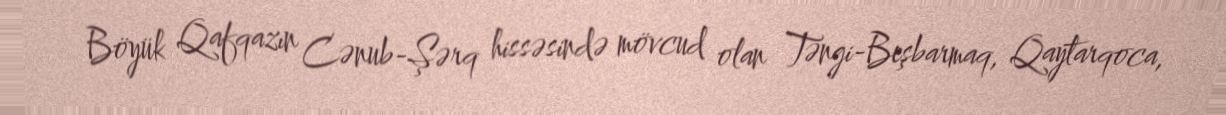
Böyük Qafqazın Cənub-Şərq hissəsində mövcud olan Təngi-Beşbarmaq, Qaytarqoca,